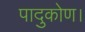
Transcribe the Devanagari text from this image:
पादुकोण।